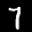
Label: 7